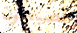
تصبحون